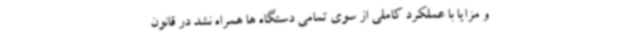
و مزایا با عملکرد کاملی از سوی تمامی دستگاه ها همراه نشد در قانون